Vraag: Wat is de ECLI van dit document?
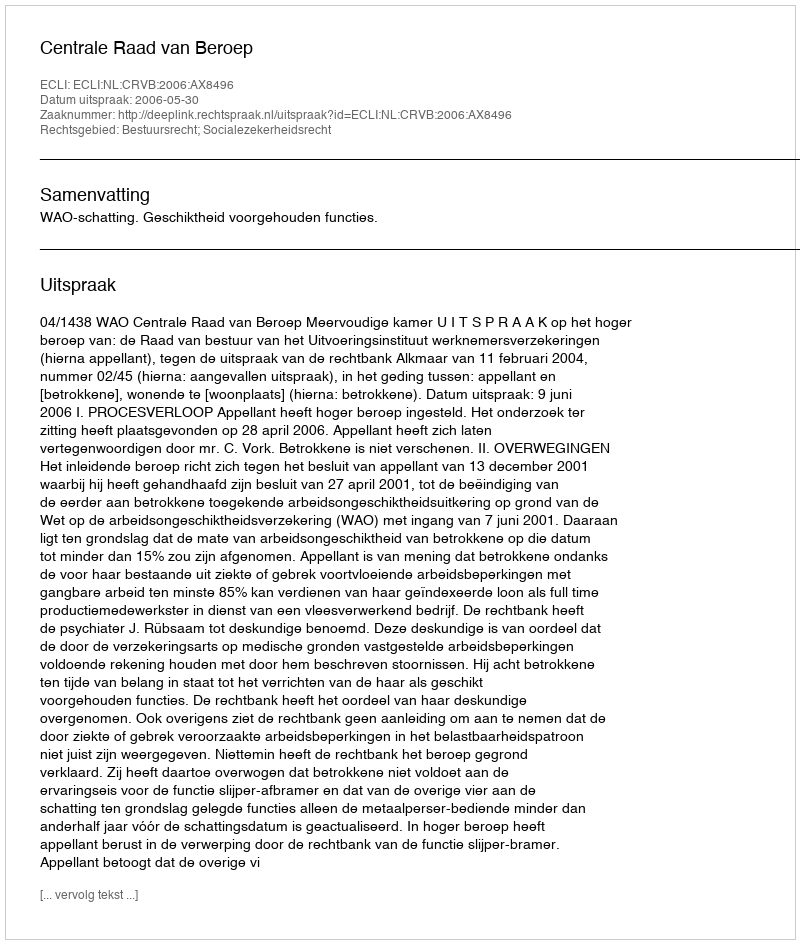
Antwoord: ECLI:NL:CRVB:2006:AX8496